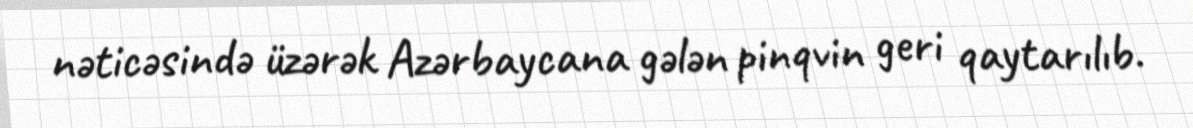
nəticəsində üzərək Azərbaycana gələn pinqvin geri qaytarılıb.